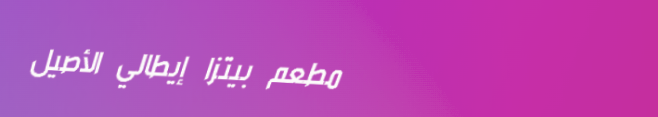
مطعم بيتزا إيطالي الأصيل